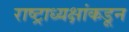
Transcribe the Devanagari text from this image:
राष्ट्राध्यक्षांकडून